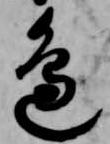
辺